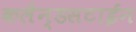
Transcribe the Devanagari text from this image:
कलैन्डसटाईन